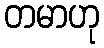
တမာဟု